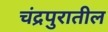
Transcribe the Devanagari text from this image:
चंद्रपुरातील